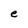
Character: e